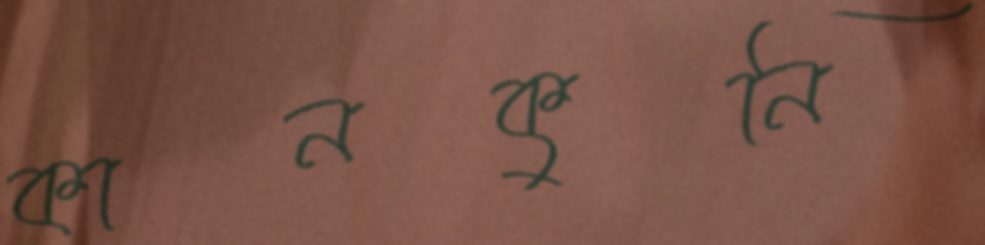
কানকুনি